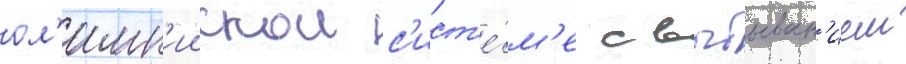
ол'имп'иискои с'ист'е́м'е с выбыван'ием